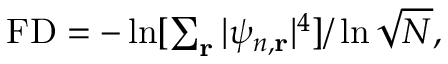
\begin{array} { r } { \mathrm { F D } = - \ln [ \sum _ { \mathbf { r } } | \psi _ { n , \mathbf { r } } | ^ { 4 } ] / \ln { \sqrt { N } } , } \end{array}